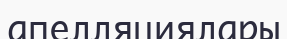
апелляциялары